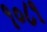
૧૦૮૧